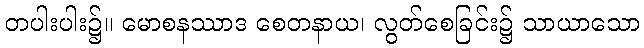
တပါးပါး၌။ မောစနဿာဒ စေတနာယ၊ လွတ်စေခြင်း၌ သာယာသော